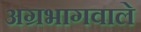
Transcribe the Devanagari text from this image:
अग्रभागवाले